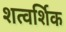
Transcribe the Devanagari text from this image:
शत्वर्शिक